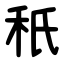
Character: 秖